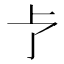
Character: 𪟽